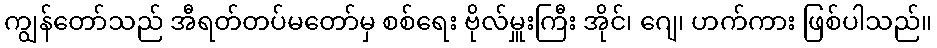
ကျွန်တော်သည် အီရတ်တပ်မတော်မှ စစ်ရေး ဗိုလ်မှူးကြီး အိုင်၊ ဂျေ၊ ဟက်ကား ဖြစ်ပါသည်။